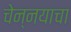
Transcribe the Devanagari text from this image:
चेन्नयाचा